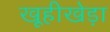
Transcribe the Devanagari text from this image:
खूहीखेड़ा